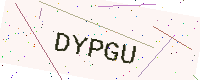
Text: DYPGU